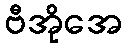
ဗီအိုအေ